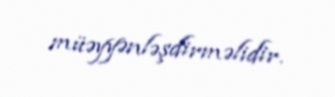
müəyyənləşdirməlidir.